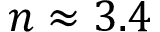
n \approx 3 . 4